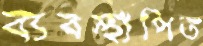
ব্যবস্থাপিত